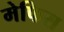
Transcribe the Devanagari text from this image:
मेफिस